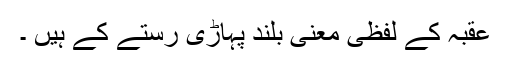
عقبہ کے لفظی معنی بلند پہاڑی رستے کے ہیں ۔